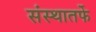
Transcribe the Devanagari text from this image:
संस्थातर्फे